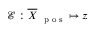
\mathcal E : \overline { { \boldsymbol X } } _ { \mathrm { ~ \scriptsize ~ p ~ o ~ s ~ } } \mapsto \boldsymbol z